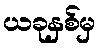
ယခုနှစ်မှ